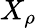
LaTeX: X_{\rho}